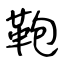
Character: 鞄